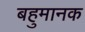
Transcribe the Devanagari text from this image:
बहुमानक